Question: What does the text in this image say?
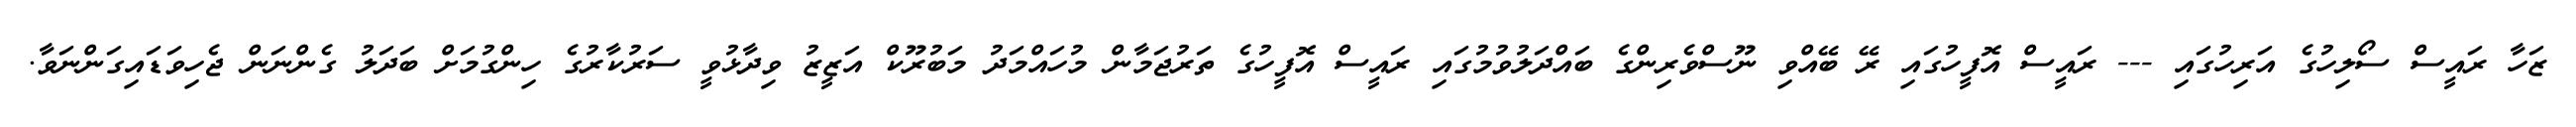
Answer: ޒަހާ ރައީސް ސޯލިހުގެ އަރިހުގައި --- ރައީސް އޮފީހުގައި ރޭ ބޭއްވި ނޫސްވެރިންގެ ބައްދަލުވުމުގައި ރައީސް އޮފީހުގެ ތަރުޖަމާން މުހައްމަދު މަބުރޫކް އަޒީޒު ވިދާޅުވީ ސަރުކާރުގެ ހިންގުމަށް ބަދަލު ގެންނަން ޖެހިވަޑައިގަންނަވާ.